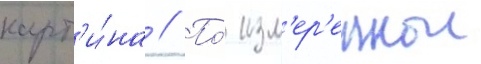
карт'и́на // По́ изм'ер'еннои